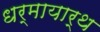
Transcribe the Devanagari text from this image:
धर्मायार्थ